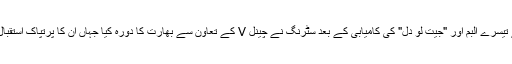
[6] اپنے تیسرے البم اور "جیت لو دل" کی کامیابی کے بعد سٹرنگ نے چینل V کے تعاون سے بھارت کا دورہ کیا جہاں ان کا پرتپاک استقبال کیا گیا۔